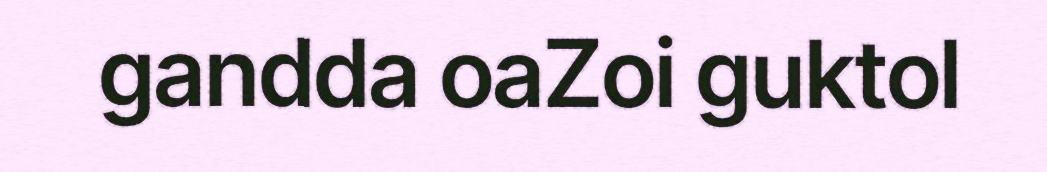
gandda oaZoi guktol